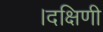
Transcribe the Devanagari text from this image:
।दक्षिणी